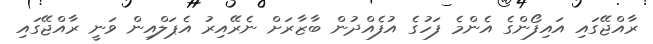
ރާއްޖޭގައި އައިފޯންގެ އެންމެ ފަހުގެ އުފެއްދުން ބާޒާރަށް ނެރޭއިރު އެޕަލްއިން ވަނީ ރާއްޖޭގައި